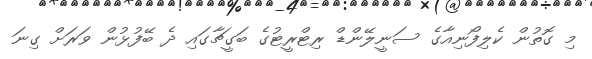
މި ގޮތުން ކެލިފޯނިއާގެ ސަނީލޭންޑް ރިޓްރީޓުގެ ބަގީޗާގައި ދެ ބޭފުޅުން ވަރަށް ގިނަ